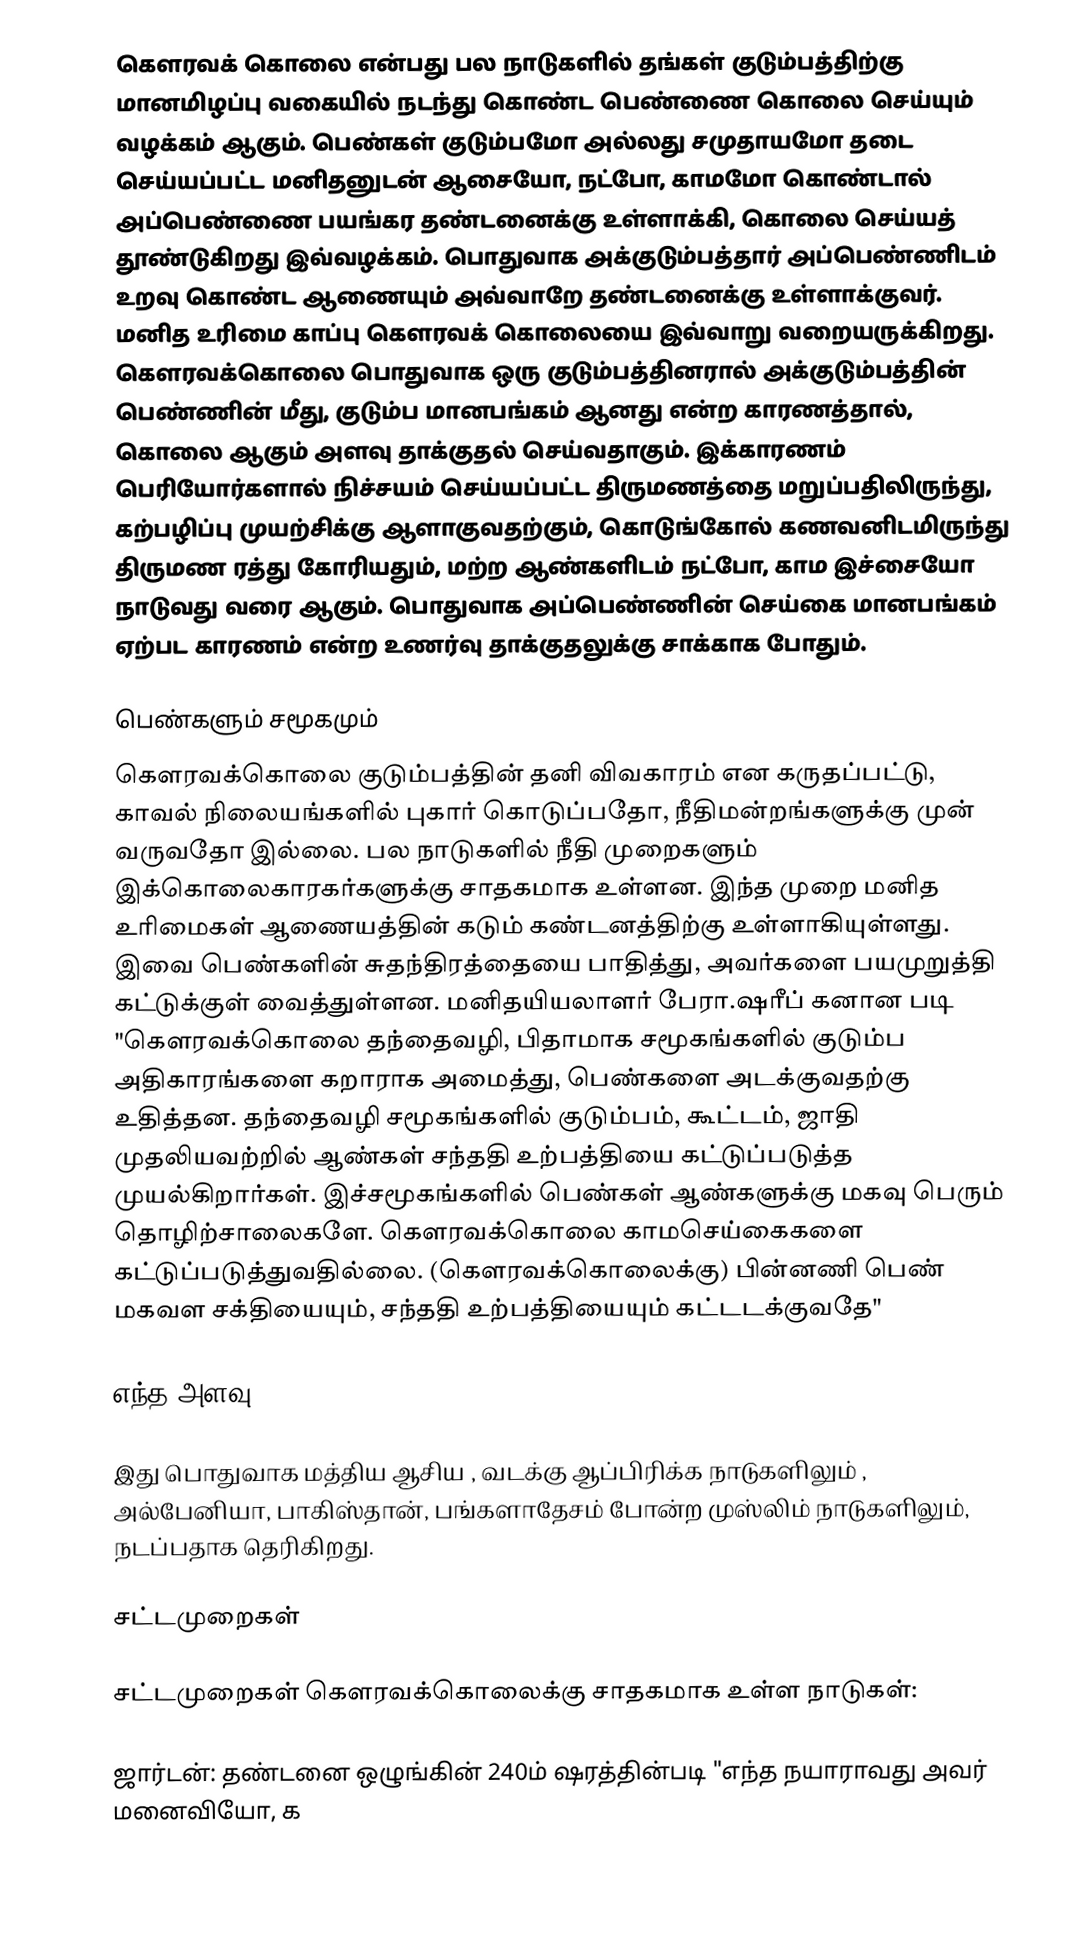
கௌரவக் கொலை என்பது பல நாடுகளில் தங்கள் குடும்பத்திற்கு மானமிழப்பு வகையில் நடந்து கொண்ட பெண்ணை கொலை செய்யும் வழக்கம் ஆகும். பெண்கள் குடும்பமோ அல்லது சமுதாயமோ தடை செய்யப்பட்ட மனிதனுடன் ஆசையோ, நட்போ, காமமோ கொண்டால் அப்பெண்ணை பயங்கர தண்டனைக்கு உள்ளாக்கி, கொலை செய்யத் தூண்டுகிறது இவ்வழக்கம். பொதுவாக அக்குடும்பத்தார் அப்பெண்ணிடம் உறவு கொண்ட ஆணையும் அவ்வாறே தண்டனைக்கு உள்ளாக்குவர். மனித உரிமை காப்பு கௌரவக் கொலையை இவ்வாறு வறையருக்கிறது. கௌரவக்கொலை பொதுவாக ஒரு குடும்பத்தினரால் அக்குடும்பத்தின் பெண்ணின் மீது, குடும்ப மானபங்கம் ஆனது என்ற காரணத்தால், கொலை ஆகும் அளவு தாக்குதல் செய்வதாகும். இக்காரணம் பெரியோர்களால் நிச்சயம் செய்யப்பட்ட திருமணத்தை மறுப்பதிலிருந்து, கற்பழிப்பு முயற்சிக்கு ஆளாகுவதற்கும், கொடுங்கோல் கணவனிடமிருந்து திருமண ரத்து கோரியதும், மற்ற ஆண்களிடம் நட்போ, காம இச்சையோ நாடுவது வரை ஆகும். பொதுவாக அப்பெண்ணின் செய்கை மானபங்கம் ஏற்பட காரணம் என்ற உணர்வு தாக்குதலுக்கு சாக்காக போதும்.

பெண்களும் சமூகமும்
கௌரவக்கொலை குடும்பத்தின் தனி விவகாரம் என கருதப்பட்டு, காவல் நிலையங்களில் புகார் கொடுப்பதோ,  நீதிமன்றங்களுக்கு முன் வருவதோ இல்லை. பல நாடுகளில் நீதி முறைகளும் இக்கொலைகாரகர்களுக்கு சாதகமாக உள்ளன. இந்த முறை மனித உரிமைகள் ஆணையத்தின் கடும் கண்டனத்திற்கு உள்ளாகியுள்ளது. இவை பெண்களின் சுதந்திரத்தையை பாதித்து, அவர்களை பயமுறுத்தி கட்டுக்குள் வைத்துள்ளன. மனிதயியலாளர் பேரா.ஷரீப் கனான படி "கௌரவக்கொலை தந்தைவழி, பிதாமாக சமூகங்களில் குடும்ப அதிகாரங்களை கறாராக அமைத்து, பெண்களை அடக்குவதற்கு உதித்தன. தந்தைவழி சமூகங்களில் குடும்பம், கூட்டம், ஜாதி முதலியவற்றில் ஆண்கள் சந்ததி உற்பத்தியை கட்டுப்படுத்த முயல்கிறார்கள். இச்சமூகங்களில் பெண்கள் ஆண்களுக்கு மகவு பெரும் தொழிற்சாலைகளே. கௌரவக்கொலை காமசெய்கைகளை கட்டுப்படுத்துவதில்லை. (கௌரவக்கொலைக்கு) பின்னணி பெண் மகவள சக்தியையும், சந்ததி உற்பத்தியையும் கட்டடக்குவதே"

எந்த அளவு?

இது பொதுவாக மத்திய ஆசிய , வடக்கு ஆப்பிரிக்க நாடுகளிலும் , அல்பேனியா, பாகிஸ்தான், பங்களாதேசம் போன்ற முஸ்லிம் நாடுகளிலும், நடப்பதாக தெரிகிறது.

சட்டமுறைகள்

சட்டமுறைகள் கௌரவக்கொலைக்கு சாதகமாக உள்ள நாடுகள்:

ஜார்டன்: தண்டனை ஒழுங்கின் 240ம் ஷரத்தின்படி "எந்த நயாராவது அவர் மனைவியோ, க